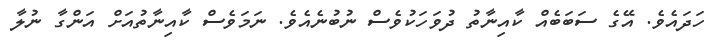
ހަދައެވެ. އޭގެ ސަބަބެއް ކާއިނާތު ދުވަހަކުވެސް ނުބުނެއެވެ. ނަމަވެސް ކާއިނާތުއަށް އަންގާ ނުލާ